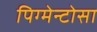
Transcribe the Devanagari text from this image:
पिग्मेन्टोसा